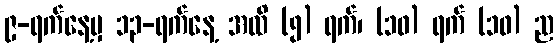
၉-ရက်နေ့မှ ၁၃-ရက်နေ့ အထိ (၅) ရက်၊ (၁၀) ရက် (၁၀) ည